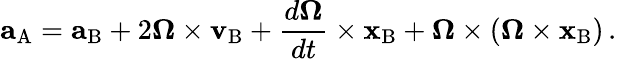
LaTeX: \mathbf{a}_{\mathrm{A}}=\mathbf{a}_{\mathrm{B}}+2{\boldsymbol{\Omega}}\times\mathbf{v}_{\mathrm{B}}+{\frac{d{\boldsymbol{\Omega}}}{dt}}\times\mathbf{x}_{\mathrm{B}}+{\boldsymbol{\Omega}}\times\left({\boldsymbol{\Omega}}\times\mathbf{x}_{\mathrm{B}}\right)\, .